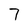
Character: 7